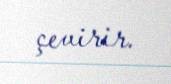
çevirir.